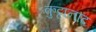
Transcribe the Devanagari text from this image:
कुट्टानाद